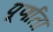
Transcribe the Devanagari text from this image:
पूर्णाता